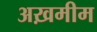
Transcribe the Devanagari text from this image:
अख़मीम